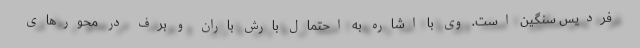
فردیس سنگین است. وی با اشاره به احتمال بارش باران و برف در محورهای